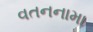
વતનનામા